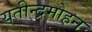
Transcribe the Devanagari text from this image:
यतीन्द्रमोहन